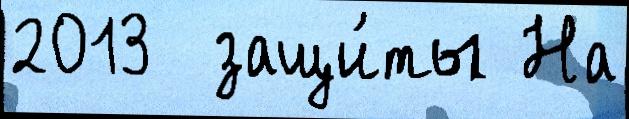
2013  защи́ты На